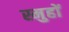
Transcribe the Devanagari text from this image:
स्मुहों